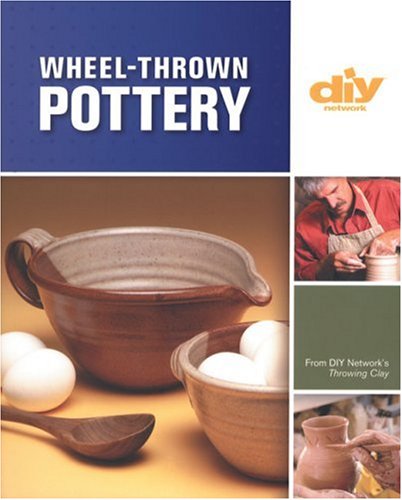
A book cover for Wheel-Thrown Pottery (DIY) (DIY Network); Bill van Gilder; Arts & Photography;